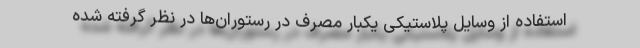
استفاده از وسایل پلاستیکی یکبار مصرف در رستوران‌ها در نظر گرفته شده